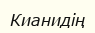
Кианидің